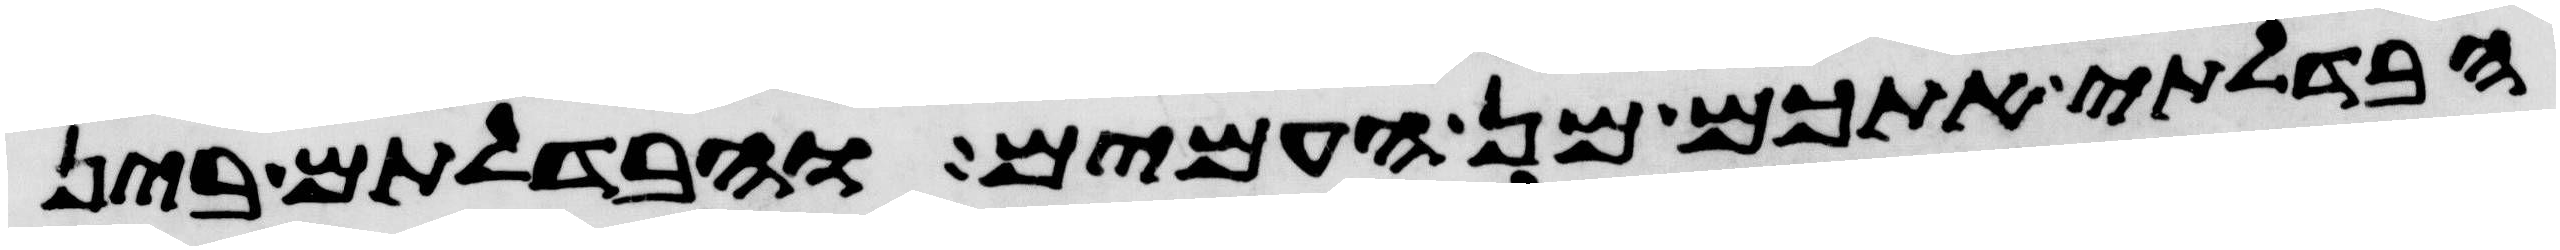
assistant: הבדלתי אתכם מן העמים והבדלתם בין